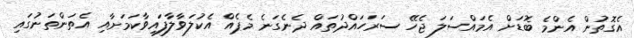
އެގޮތުން އެންމެ ބޮޑަށް އެމައްސަލަ ޖެހޭ ސަރަހައްދުތައް ދެނެގަނެ މެޕެއް އެކުލަވާލާފައިވާކަމަށާއި އެތަންތަނުގައި